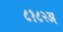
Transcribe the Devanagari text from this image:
८१८२अ